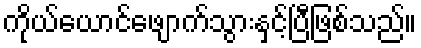
ကိုယ်ယောင်ဖျောက်သွားနှင့်ပြီဖြစ်သည်။